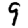
Digit: 9